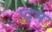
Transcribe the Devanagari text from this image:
प्द्म